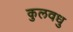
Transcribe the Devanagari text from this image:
कुलवधु